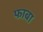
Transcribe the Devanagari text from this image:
फाबा